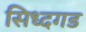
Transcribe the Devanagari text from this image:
सिध्दगड